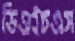
ডিএইচএস